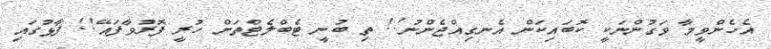
އެހެންވީމާ ވަގުންނަކީ ކޮބައިކަން އެނގިއްޖެންނު!! ތި ބުނީ ޓެބްލެޓްތަށް ހުރީ ފޮރުވާފައޭ!! ފާޅުގައި